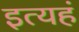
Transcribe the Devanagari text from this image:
इत्यहं